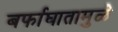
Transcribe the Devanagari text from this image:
बर्फाघातामुळे